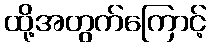
ထို့အတွက်ကြောင့်